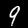
Label: 9